Assam Mental Hospital (Tezpur, India) - 1933-1948
Year: 1933
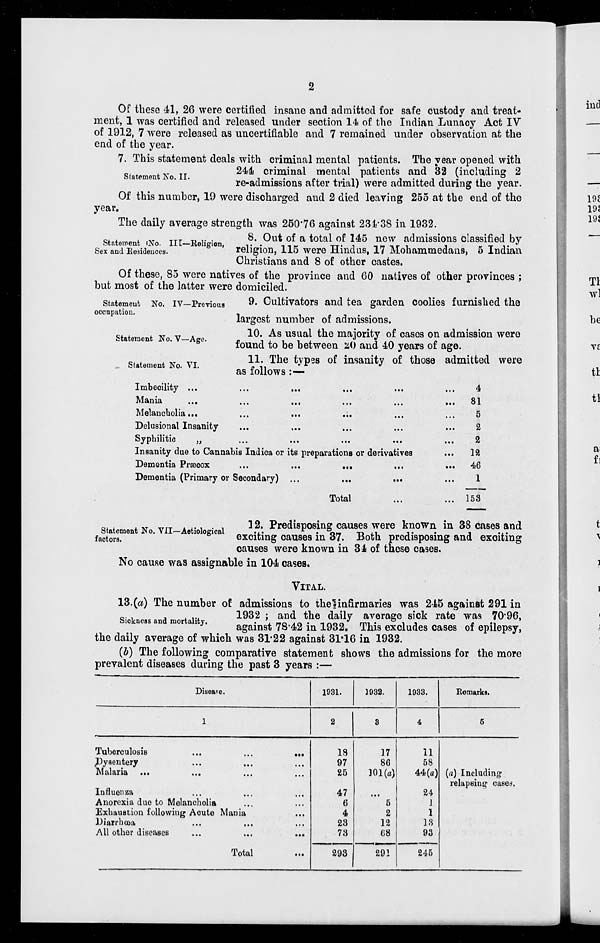
Statement No. II.
Of these 41, 26 were certified insane and admitted for safe custody and treat-
ment, 1 was certified and released under section 14 of the Indian Lunacy Act IV
of 1912, 7 were released as uncertifiable and 7 remained under observation at the
end of the year.
7. This statement deals with criminal mental patients. The year opened with
244 criminal mental patients and 32 (including 2
re-admissions after trial) were admitted during the year.
Of this number, 19 were discharged and 2 died leaving 255 at the end of the
year.
The daily average strength was 250*76 against 234-38 in 1932.
8. Out of a total of 145 new admissions classified by
religion, 115 were Hindus, 17 Mohammedans, 5 Indian
Christians and 8 of other castes.
Of these, 85 were natives of the province and 60 natives of other provinces ;
but most of the latter were domiciled.
No. iv—Previous
&• Cultivators and tea garden coolies furnished the
largest number of admissions.
10. As usual the majority of cases on admission were
found to be between 20 and 40 years of age.
11. The types of insanity of those admitted were
as follows :—
Statement 1N0. Ill—Religion,
Sex and Residences.
Statement
occupation.
Statement No. V—Age.
Statement No. VI.
Imbecility ...
Mania
Melancholia...
Delusional Insanity
Syphilitic
„
Insanity due to Cannabis Indica or its preparations or derivatives
Dementia Prsecox
...
...
...
Dementia (Primary or Secondary) ...
Total
4
81
5
2
2
12
46
1
153
_
i «- ■ »»- .\. i • i
12. Predisposing causes were known in 38 cases and
faSrs
S1
exciting causes in 37. Both predisposing and exciting
causes were known in 34 of these cases.
No cause was assignable in 104 cases.
VITAL.
13.(a) The number of admissions to thelinfirmaries was 245 against 291 in
. ,„
1932 ; and the daily average sick rate was 70'96,
S,ckne 8 s and mortality.
^.^ ^.^ ^ ^^ Thig exdu(les Cases of epilepsy,
the daily average of which was 31-22 against 81*16 in 1932.
(b) The following comparative statement shows the admissions for the more
prevalent diseases during the past 3 years :—
Disease.
1931.
1932.
1933.
Remarks.
1
2
3
4
6
Tuberculosis
Dysentery
Malaria
Influenza
Anorexia due to Melancholia
Exhaustion following Acute Mania
Diarrhoea
All other diseases
...
18
97
25
47
6
4
23
73
17
80
101(a)
". 5
2
12
68
11
58
44(a)
24
1
1
13
93
(a) Including
relapsing cases.
Total
293
29!
245